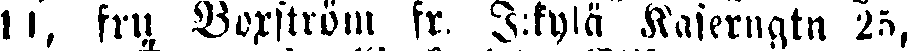
11, fru Voxström fr, J:kylä Kaierngtn 25,